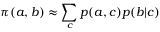
\pi ( a , b ) \approx \sum _ { c } p ( a , c ) p ( b | c )